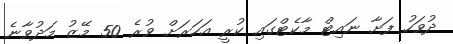
ދުވަހު ފަށާ ނައިޓް މާކެޓްގައި ކުރީ އަހަރަށް ވުރެ 50 މޭޒު މަދުވާނެ